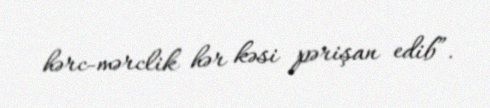
hərc-mərclik hər kəsi pərişan edib”.